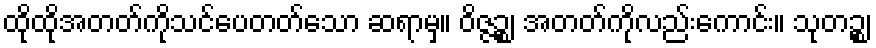
ထိုထိုအတတ်ကိုသင်ပေတတ်သော ဆရာမှ။ ဝိဇ္ဇဉ္စ၊ အတတ်ကိုလည်းကောင်း။ သုတဉ္စ၊